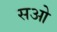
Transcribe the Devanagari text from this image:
सओ